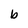
Character: b